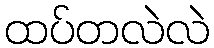
ထပ်တလဲလဲ